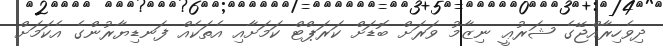
ދިވެހިރާއްޖޭގެ ޝަރުޢީ ނިޒާމު ވަރަށް ބޮޑަށް ކަރަޕްޓް ކަމަށާއި އެތަކެއް ފަނޑިޔާރުންގެ އެކަމަށް